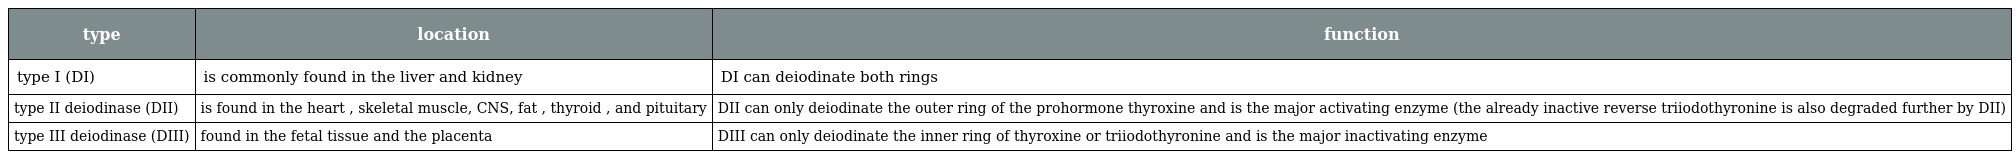
| type | location | function |
 | --- | --- | --- |
 | type I (DI) | is commonly found in the liver and kidney | DI can deiodinate both rings |
 | type II deiodinase (DII) | is found in the heart , skeletal muscle, CNS, fat , thyroid , and pituitary | DII can only deiodinate the outer ring of the prohormone thyroxine and is the major activating enzyme (the already inactive reverse triiodothyronine is also degraded further by DII) |
 | type III deiodinase (DIII) | found in the fetal tissue and the placenta | DIII can only deiodinate the inner ring of thyroxine or triiodothyronine and is the major inactivating enzyme |